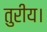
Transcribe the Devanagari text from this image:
तुरीय।